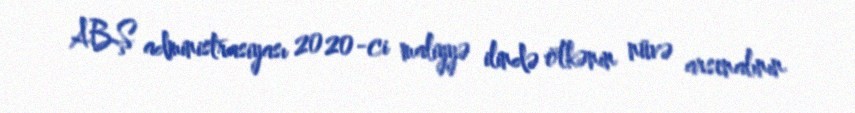
ABŞ administrasiyası 2020-ci maliyyə ilində ölkənin nüvə arsenalının